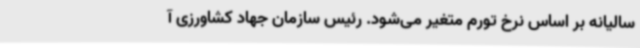
سالیانه بر اساس نرخ تورم متغیر می‌شود. رئیس سازمان جهاد کشاورزی آ